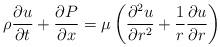
LaTeX: \begin{align*}\rho\frac{\partial u}{\partial t}+\frac{\partial P}{\partial x}=\mu\left(\frac{\partial^{2}u}{\partial r^{2}}+\frac{1}{r}\frac{\partial u}{\partial r}\right)\end{align*}